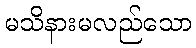
မသိနားမလည်သော